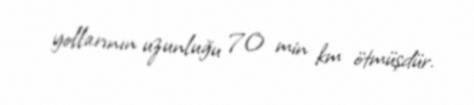
yollarının uzunluğu 70 min km ötmüşdür.